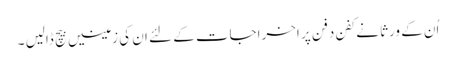
اُن کے ورثا نے کفن دفن پر اخراجات کے لئے ان کی زمینیں بیچ ڈالیں ۔